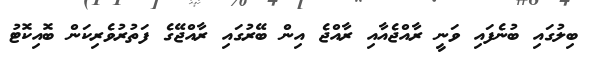
ބިލުގައި ބުނެފައި ވަނީ ރާއްޖެއާއި ރާއްޖެ އިން ބޭރުގައި ރާއްޖޭގެ ފަތުރުވެރިކަން ބޮއިކޮޓު